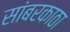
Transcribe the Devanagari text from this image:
सांबरकाठा